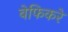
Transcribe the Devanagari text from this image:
बेफिकरे